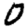
Digit: 0